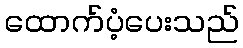
ထောက်ပံ့ပေးသည်